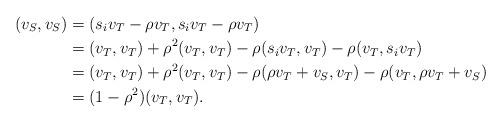
LaTeX: \begin{align*}(v_{S},v_{S})&=(s_i v_T-\rho v_T,s_i v_T-\rho v_T)\\&=(v_T,v_T)+\rho^2(v_T,v_T)-\rho(s_iv_T,v_T)-\rho(v_T,s_iv_T)\\&=(v_T,v_T)+\rho^2(v_T,v_T)-\rho(\rho v_T+v_S,v_T)-\rho(v_T,\rho v_T+v_S)\\&=(1-\rho^2)(v_T,v_T).\end{align*}